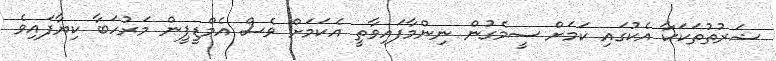
ޝަރުތުތަކަކާ އެކުގައި ކަމަށް ސީމެގުން ނިންމާފައިވާތީ އެކަމަށް ވެސް އެމްޑީޕީން މަރުހަބާ ކިޔާފައިވެ